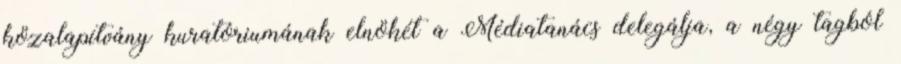
közalapítvány kuratóriumának elnökét a Médiatanács delegálja, a négy tagból